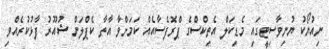
ނިއުޔޯކު ޔުނިވާސިޓީގައި މެޑިކަލް އެތިކްސްގެ ޕްރޮފެސާއެއް ކަމަށްވާ އާތާ ކެޕްލަން ޝުއޫރު ފާޅުކުރެއްވި